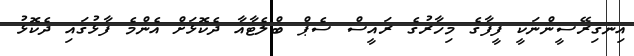
އިނގިރޭސީންނަކީ ފީފާގެ މިހާރުގެ ރައީސް ސެޕް ބްލެޓާއާ ދެކޮޅަށް އެންމެ ފާޅުގައި ދެކޮޅު